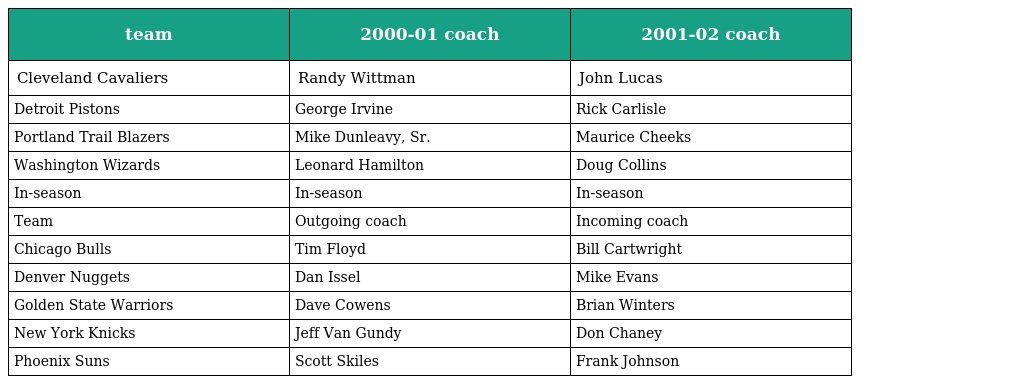
| team | 2000-01 coach | 2001-02 coach |
 | --- | --- | --- |
 | Cleveland Cavaliers | Randy Wittman | John Lucas |
 | Detroit Pistons | George Irvine | Rick Carlisle |
 | Portland Trail Blazers | Mike Dunleavy, Sr. | Maurice Cheeks |
 | Washington Wizards | Leonard Hamilton | Doug Collins |
 | In-season | In-season | In-season |
 | Team | Outgoing coach | Incoming coach |
 | Chicago Bulls | Tim Floyd | Bill Cartwright |
 | Denver Nuggets | Dan Issel | Mike Evans |
 | Golden State Warriors | Dave Cowens | Brian Winters |
 | New York Knicks | Jeff Van Gundy | Don Chaney |
 | Phoenix Suns | Scott Skiles | Frank Johnson |